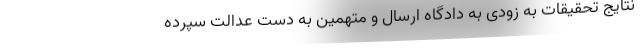
نتایج تحقیقات به زودی به دادگاه ارسال و متهمین به دست عدالت سپرده